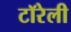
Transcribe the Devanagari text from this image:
टॉरेली